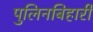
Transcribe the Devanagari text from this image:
पुलिनबिहारी